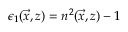
\epsilon _ { 1 } ( \vec { x } , z ) = n ^ { 2 } ( \vec { x } , z ) - 1